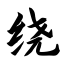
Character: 绕